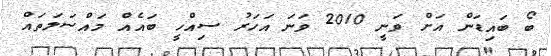
ބޯ ބައިޑަން އަށް ވަނީ 2010 ވަނަ އަހަރު ސިއްހީ ބައެއް މައްސަލަތައް